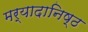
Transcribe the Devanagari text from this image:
मर्यादानिष्ठ